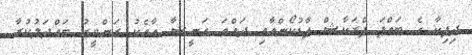
ދިޕިކާ ގެ ބައްޕަ ޕްރަކާޝް ޕާޑުކޯންއާއި ދައްތަ އަނީޝާ އާއެކު ރަންވީރު ބައްދަލުކުރާ